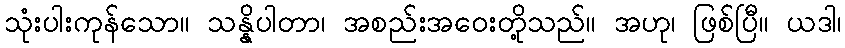
သုံးပါးကုန်သော။ သန္နိပါတာ၊ အစည်းအဝေးတို့သည်။ အဟု၊ ဖြစ်ပြီ။ ယဒါ၊